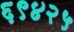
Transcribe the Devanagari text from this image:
६९४२५